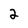
Character: 2